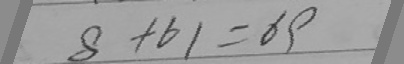
8 + 6 1 = 6 9